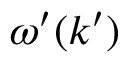
\omega ^ { \prime } ( \boldsymbol { k } ^ { \prime } )